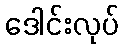
ဒေါင်းလုပ်